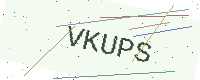
Text: VKUPS